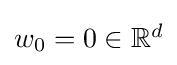
\textstyle w_{0}=0\in \mathbb {R} ^{d}